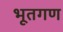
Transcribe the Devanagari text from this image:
भूतगण